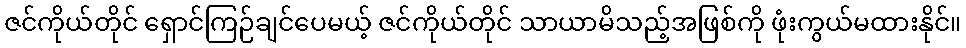
ဇင်ကိုယ်တိုင် ရှောင်ကြဉ်ချင်ပေမယ့် ဇင်ကိုယ်တိုင် သာယာမိသည့်အဖြစ်ကို ဖုံးကွယ်မထားနိုင်။